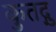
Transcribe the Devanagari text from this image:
कुतद्गु